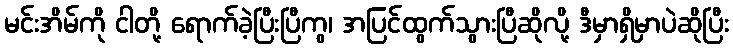
မင်းအိမ်ကို ငါတို့ ရောက်ခဲ့ပြီးပြီကွ၊ အပြင်ထွက်သွားပြီဆိုလို့ ဒီမှာရှိမှာပဲဆိုပြီး